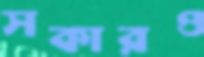
সকারও